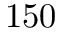
1 5 0